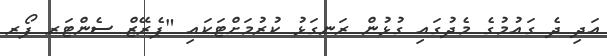
އަދި ދެ ގައުމުގެ މެދުގައި ގުޅުން ރަނގަޅު ކުރުމަށްޓަކައި "ޕެރޭޒް ސެންޓަރ ފޯރ